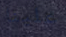
علينا